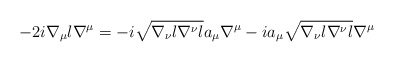
\begin{align*}-2i\nabla_{\mu}l\nabla^{\mu} = -i\sqrt{\nabla_{\nu}l\nabla^{\nu}l} a_{\mu}\nabla^{\mu} -ia_{\mu}\sqrt{\nabla_{\nu}l\nabla^{\nu}l}\nabla^{\mu}\end{align*}